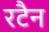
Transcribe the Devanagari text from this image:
रटैन